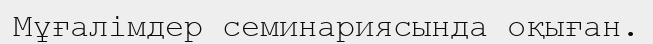
Мұғалімдер семинариясында оқыған.